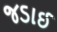
જડાઈ